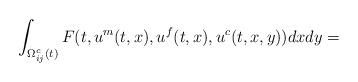
LaTeX: \begin{align*}\int_{\Omega^c_{ij}(t)}F(t,u^m(t,x),u^f(t,x),u^c(t,x,y))dxdy=\end{align*}